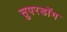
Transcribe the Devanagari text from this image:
सुपरडॉग